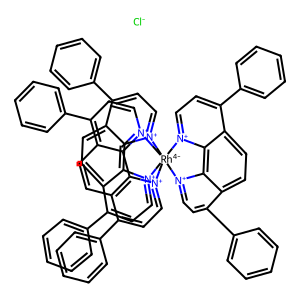
SMILES: [Cl-].c1ccc(-c2cc[n+]3c4c2ccc2c(-c5ccccc5)cc[n+](c24)[Rh-4]324([n+]3ccc(-c5ccccc5)c5ccc6c(-c7ccccc7)cc[n+]2c6c53)[n+]2ccc(-c3ccccc3)c3ccc5c(-c6ccccc6)cc[n+]4c5c32)cc1
Inhibits HIV replication: Yes